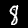
Digit: 8